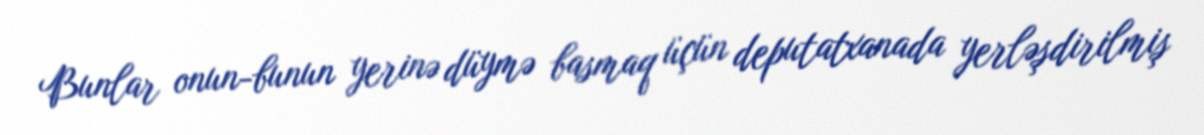
Bunlar onun-bunun yerinə düymə basmaq üçün deputatxanada yerləşdirilmiş